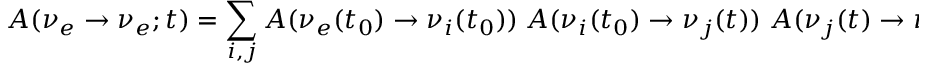
A ( { \nu _ { e } } \to { \nu _ { e } } ; t ) = \sum _ { i , j } A ( \nu _ { e } ( t _ { 0 } ) \to \nu _ { i } ( t _ { 0 } ) ) \; A ( \nu _ { i } ( t _ { 0 } ) \to \nu _ { j } ( t ) ) \; A ( \nu _ { j } ( t ) \to \nu _ { e } ( t ) ) \; \; \;